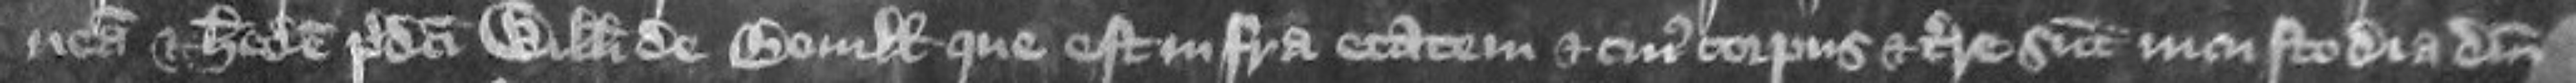
neam et heredem predicti Willelmi de Boville que est infra etatem et cuius corpus et terre sunt in custodia domini